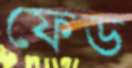
ফেড